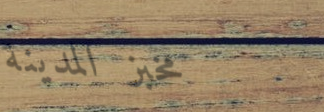
مخبز المدينة